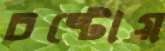
চষ্টোয়